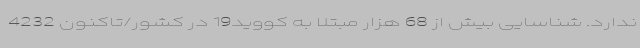
ندارد. شناسایی بیش از 68 هزار مبتلا به کووید19 در کشور/تاکنون 4232